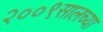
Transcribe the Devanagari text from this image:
२००९सालच्या